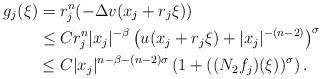
LaTeX: \begin{align*}g_j(\xi)&=r_j^n(-\Delta v(x_j+r_j\xi))\\ &\le Cr_j^n|x_j|^{-\beta}\left(u(x_j+r_j\xi)+|x_j|^{-(n-2)}\right)^\sigma\\ &\le C|x_j|^{n-\beta-(n-2)\sigma}\left(1+((N_2f_j)(\xi))^\sigma\right).\end{align*}